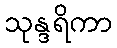
သုန္ဒရိကာ